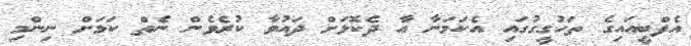
އެފްބީއައިގެ ތަހުގީގުގައި އެކަމަނާ އާ ދެކޮޅަށް ދައުވާ ކުރެވެން ނެތް ކަމަށް ނިންމި